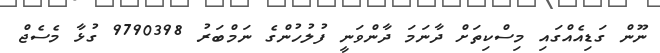
ނޫން ގަޑިއެއްގައި މިސްކިތަށް ދާނަމަ ދާންވަނީ ފުލުހުންގެ ނަމްބަރު 9790398 ގުޅާ މެސެޖް